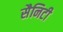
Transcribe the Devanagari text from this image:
सैनिटी